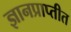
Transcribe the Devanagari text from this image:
ज्ञानप्राप्तीत